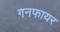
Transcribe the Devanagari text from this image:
गनफायर